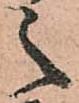
之